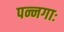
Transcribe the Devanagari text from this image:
पन्नगाः